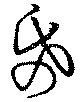
紙